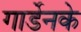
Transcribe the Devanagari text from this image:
गार्डेनके